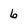
Character: 6